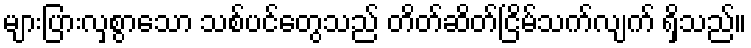
များပြားလှစွာသော သစ်ပင်တွေသည် တိတ်ဆိတ်ငြိမ်သက်လျက် ရှိသည်။